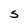
Character: S